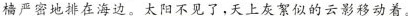
樯严密地排在海边。\underline{太阳不见了，天上灰絮似的云影移动着。}